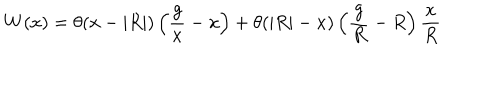
W ( x ) = \theta ( x - | R | ) \left( { \frac { g } { x } } - x \right) + \theta ( | R | - x ) \left( { \frac { g } { R } } - R \right) { \frac { x } { R } }